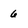
Character: 6